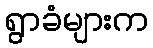
ရွာခံများက